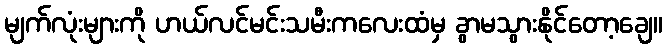
မျက်လုံးများကို ဟယ်လင်မင်းသမီးကလေးထံမှ ခွာမသွားနိုင်တော့ချေ။